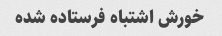
خورش اشتباه فرستاده شده